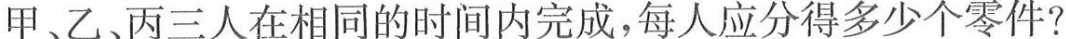
甲、乙、丙三人在相同的时间内完成，每人应分得多少个零件?